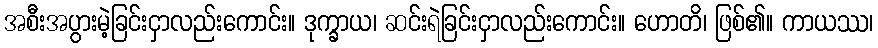
အစီးအပွားမဲ့ခြင်းငှာလည်းကောင်း။ ဒုက္ခာယ၊ ဆင်းရဲခြင်းငှာလည်းကောင်း။ ဟောတိ၊ ဖြစ်၏။ ကာယဿ၊